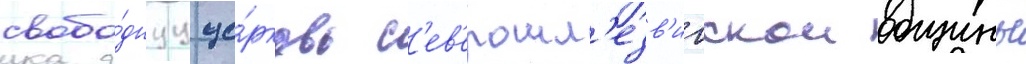
свобо́днуу це́рковь с'ев'ерошл'езв'игскои общины